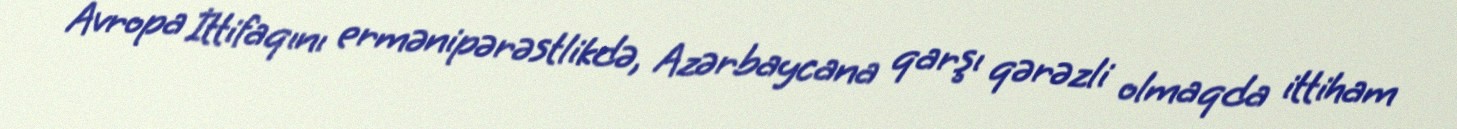
Avropa İttifaqını ermənipərəstlikdə, Azərbaycana qarşı qərəzli olmaqda ittiham